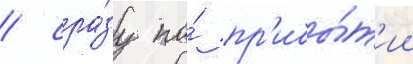
/ сра́зу по́ пр'ибы́т'ии